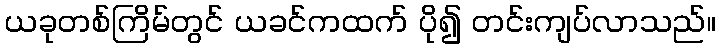
ယခုတစ်ကြိမ်တွင် ယခင်ကထက် ပို၍ တင်းကျပ်လာသည်။